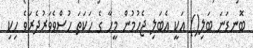
ބޮނޑަނަ ބަލި() އަކީ އެބަލި ޖެހުމުން މީހާ ގެ ހަކަތަ ހުސްވެވަރުދެރަވެ ހިކި